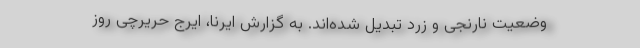
وضعیت نارنجی و زرد تبدیل شده‌اند. به گزارش ایرنا، ایرج حریرچی روز